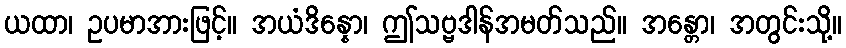
ယထာ၊ ဥပမာအားဖြင့်။ အယံဒိန္နော၊ ဤသဗ္ဗဒါန်အမတ်သည်။ အန္တော၊ အတွင်းသို့။